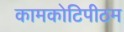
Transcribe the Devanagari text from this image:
कामकोटिपीठम